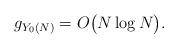
LaTeX: \begin{align*} g_{Y_{0}(N)}=O\big(N\log N\big).\end{align*}